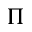
\Pi